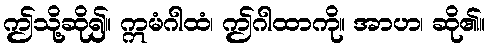
ဤသို့ဆို၍။ ဣမံဂါထံ၊ ဤဂါထာကို။ အာဟ၊ ဆို၏။